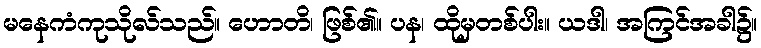
မနေကံကုသိုလ်သည်။ ဟောတိ၊ ဖြစ်၏။ ပန၊ ထိုမှတစ်ပါး။ ယဒါ၊ အကြင်အခါ၌။